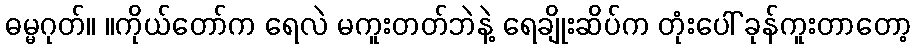
ဓမ္မဂုတ်။ ။ကိုယ်တော်က ရေလဲ မကူးတတ်ဘဲနဲ့ ရေချိုးဆိပ်က တုံးပေါ် ခုန်ကူးတာတော့